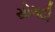
સોગઠી